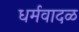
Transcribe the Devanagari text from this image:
धर्मवादळ